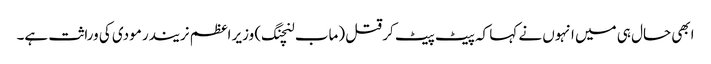
ابھی حال ہی میں انہوں نے کہا کہ پیٹ پیٹ کر قتل (ماب لنچنگ) وزیر اعظم نریندر مودی کی وراثت ہے۔